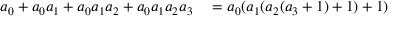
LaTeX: \begin{array} { r l } { a _ { 0 } + a _ { 0 } a _ { 1 } + a _ { 0 } a _ { 1 } a _ { 2 } + a _ { 0 } a _ { 1 } a _ { 2 } a _ { 3 } } & { { } = a _ { 0 } ( a _ { 1 } ( a _ { 2 } ( a _ { 3 } + 1 ) + 1 ) + 1 ) } \end{array}